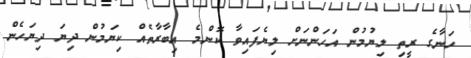
ހަނާގެ ރީތި ލިޔުމުން އަހަންނަށް ލިޔެފައިވާ ކޮންމެ އިބާރާތެއް ކިޔަމުން ދިޔަ ދިޔަހެން